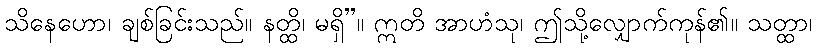
သိနေဟော၊ ချစ်ခြင်းသည်။ နတ္ထိ၊ မရှိ”။ ဣတိ အာဟံသု၊ ဤသို့လျှောက်ကုန်၏။ သတ္ထာ၊